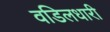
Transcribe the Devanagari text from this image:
वडिलधारी